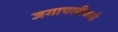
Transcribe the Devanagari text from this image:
जगापलीकडे